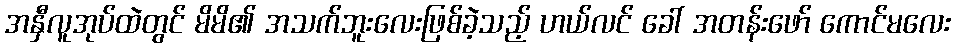
အနှီလူအုပ်ထဲတွင် မိမိ၏ အသက်ဘူးလေးဖြစ်ခဲ့သည့် ဟယ်လင် ခေါ် အတန်းဖော် ကောင်မလေး